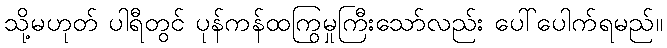
သို့မဟုတ် ပါရီတွင် ပုန်ကန်ထကြွမှုကြီးသော်လည်း ပေါ်ပေါက်ရမည်။